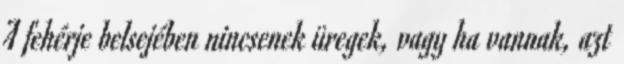
A fehérje belsejében nincsenek üregek, vagy ha vannak, azt